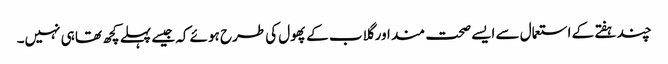
چند ہفتے کے استعمال سے ایسے صحت مند اور گلاب کے پھول کی طرح ہوئے کہ جیسے پہلے کچھ تھا ہی نہیں۔